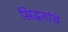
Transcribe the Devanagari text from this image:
सिद्धतांचे